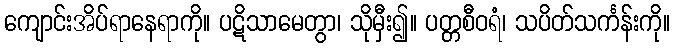
ကျောင်းအိပ်ရာနေရာကို။ ပဋိသာမေတွာ၊ သိုမှီး၍။ ပတ္တစီဝရံ၊ သပိတ်သင်္ကန်းကို။